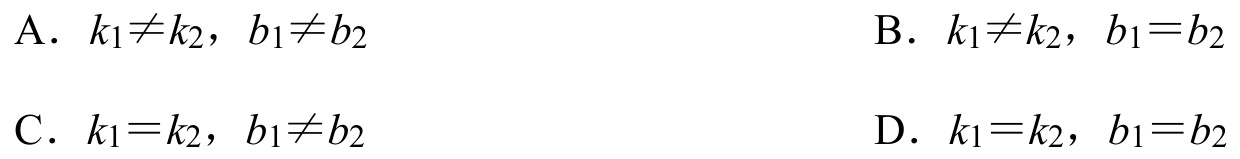
A. \(k_1\neq k_2,\ b_1\neq b_2\)
B. \(k_1\neq k_2,\ b_1 = b_2\)
C. \(k_1 = k_2,\ b_1\neq b_2\)
D. \(k_1 = k_2,\ b_1 = b_2\)